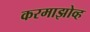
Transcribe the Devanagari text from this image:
करमाझोव्ह